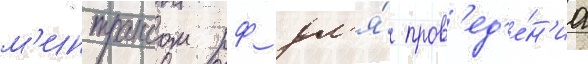
м'интрансом рф дл'я́ пров'ед'е́н'иа